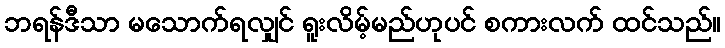
ဘရန်ဒီသာ မသောက်ရလျှင် ရူးလိမ့်မည်ဟုပင် စကားလက် ထင်သည်။